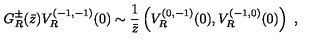
G _ { R } ^ { \pm } ( \bar { z } ) V _ { R } ^ { ( - 1 , - 1 ) } ( 0 ) \sim { \frac { 1 } { \bar { z } } } \left( V _ { R } ^ { ( 0 , - 1 ) } ( 0 ) , V _ { R } ^ { ( - 1 , 0 ) } ( 0 ) \right) \ ,